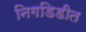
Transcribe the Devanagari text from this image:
निगडिडीत